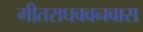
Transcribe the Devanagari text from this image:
गीतराघववनवास